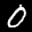
Label: 0